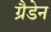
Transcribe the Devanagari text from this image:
ग्रैडेन